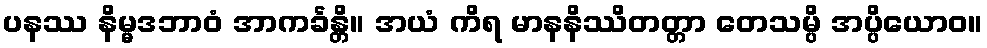
ပနဿ နိမ္မဒဘာဝံ အာကင်္ခန္တိ။ အယံ ကိရ မာနနိဿိတတ္တာ တေသမ္ပိ အပ္ပိယောဝ။